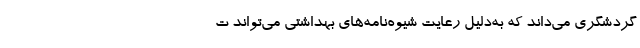
گردشگری می‌داند که به‌دلیل رعایت شیوه‌نامه‌های بهداشتی می‌تواند ت